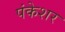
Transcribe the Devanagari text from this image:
पंकेशर